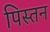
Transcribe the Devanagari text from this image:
पिस्तन